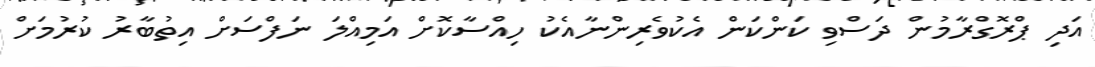
އަދި ޕްރޮގްރާމުން ދަސްވި ކަންކަން އެކުވެރިންނާއެކު ހިއްސާކޮށް އަމިއްލަ ނަފްސަށް އިތުބާރު ކުރުމަށް